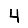
Digit: 4